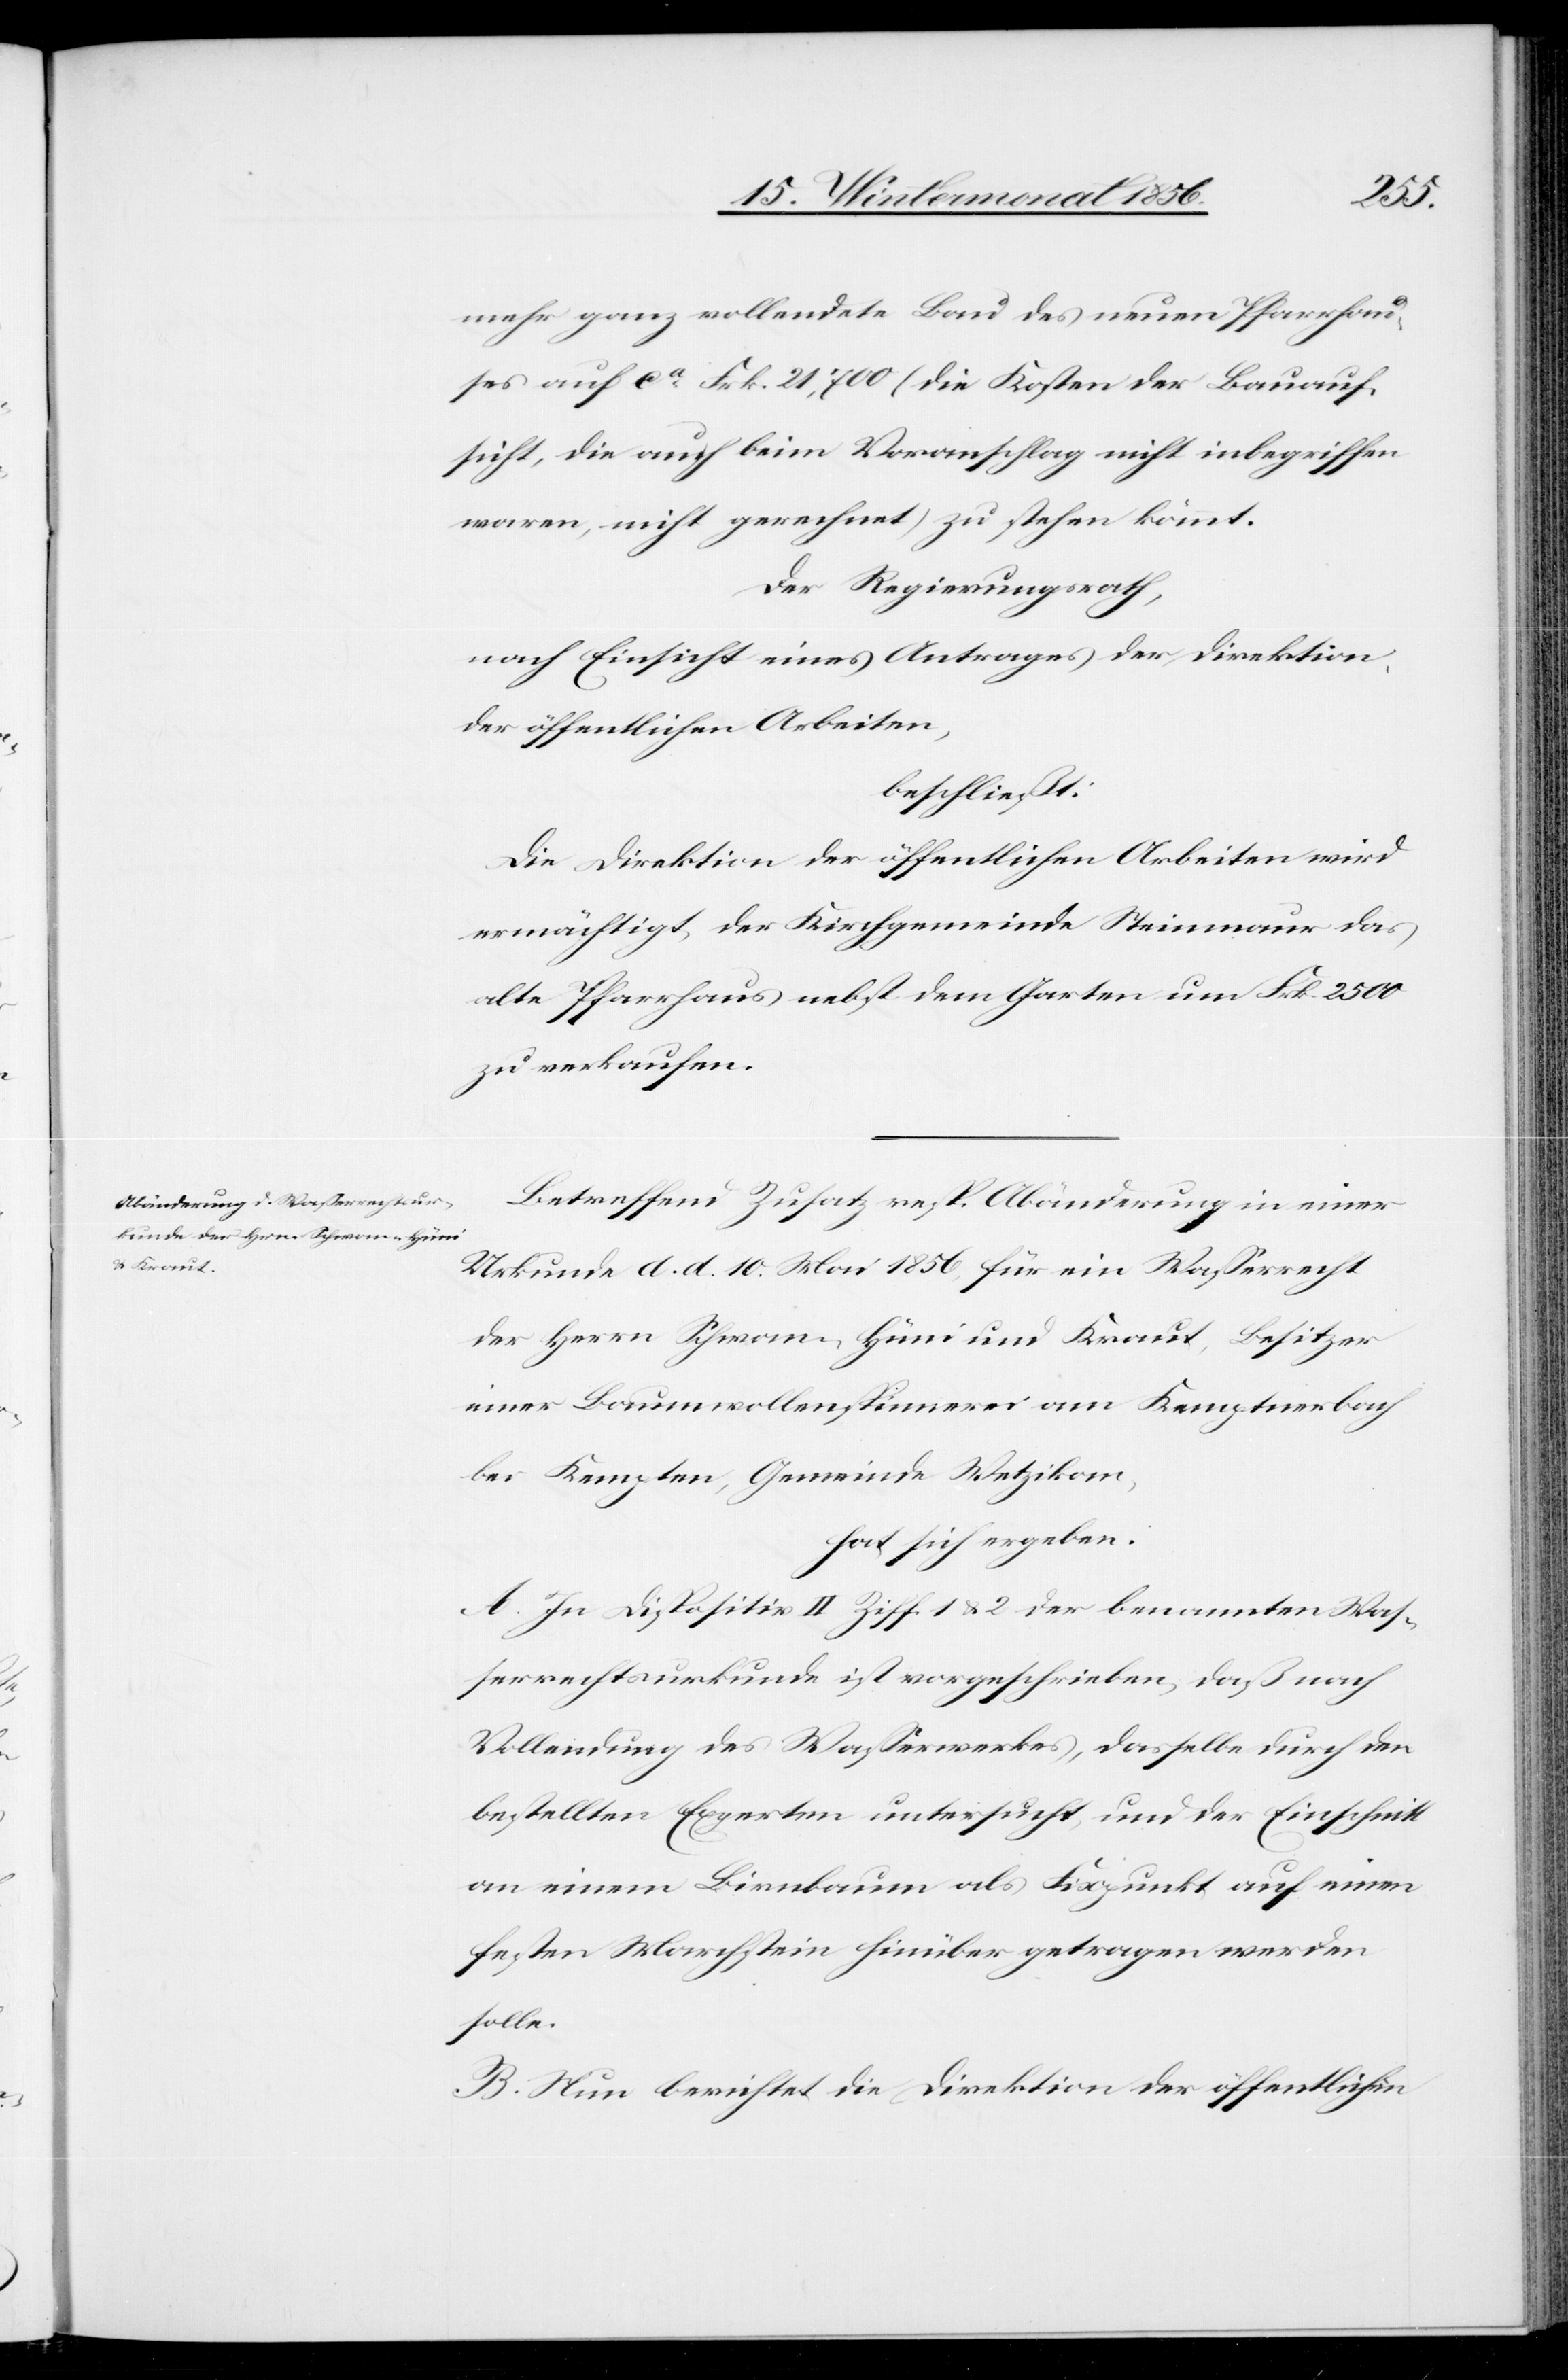
mehr ganz vollendete Bau des neuen Pfarrhau¬
ses auf ca Frk. 21,700 (die Kosten der Bauauf¬
sicht, die auch beim Voranschlag nicht inbegriffen
waren, nicht gerechnet) zu stehen kommt.
Der Regierungsrath,
nach Einsicht eines Antrages der Direktion
der öffentlichen Arbeiten,
beschließt:
Die Direktion der öffentlichen Arbeiten wird
ermächtigt, der Kirchgemeinde Steinmaur das
Alte Pfarrhaus nebst dem Garten um Frk. 2500
zu verkaufen.
Betreffend Zusatz resp. Abänderung in einer
Urkunde d. d. 10. Mai 1856, für ein Wasserrecht
der Herrn Schwan-Hüni und Kraut, Besitzer
einer Baumwollenspinnerei am Kemptnerbach
bei Kempten, Gemeinde Wetzikon,
hat sich ergeben:
A. In Dispositiv II Ziff. 1 & 2 der benannten Was¬
serrechtsurkunde ist vorgeschrieben, daß nach
Vollendung des Wasserwerkes, dasselbe durch den
bestellten Experten untersucht, und der Einschnitt
an einem Birnbaum als Fixpunkt auf einen
festen Marchstein hinüber getragen werden
solle.
B. Nun berichtet die Direktion der öffentlichen